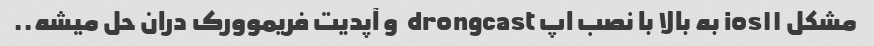
مشکل ios۱۱ به بالا با نصب اپ drongcast  و آپدیت فریموورک دران حل میشه..